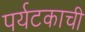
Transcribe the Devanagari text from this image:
पर्यटकाची